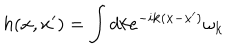
h ( { \bf x } , { \bf x } ^ { \prime } ) = \int d k e ^ { - i { \bf k } ( { \bf x } - { \bf x } ^ { \prime } ) } \omega _ { \bf k }